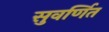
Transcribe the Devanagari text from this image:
सुवर्णित